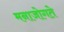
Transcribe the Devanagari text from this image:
मनाजोगते